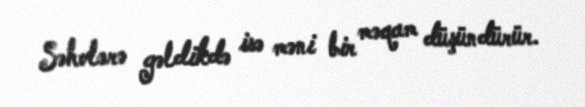
Səhvlərə gəldikdə isə məni bir məqam düşündürür.